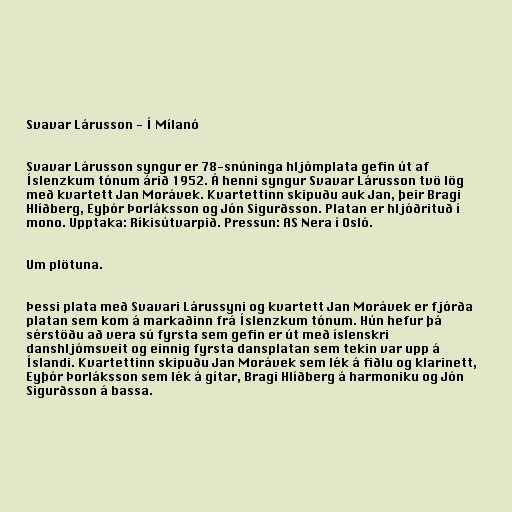
Svavar Lárusson - Í Mílanó

Svavar Lárusson syngur er 78-snúninga hljómplata gefin út af
Íslenzkum tónum árið 1952. Á henni syngur Svavar Lárusson tvö lög
með kvartett Jan Morávek. Kvartettinn skipuðu auk Jan, þeir Bragi
Hlíðberg, Eyþór Þorláksson og Jón Sigurðsson. Platan er hljóðrituð í
mono. Upptaka: Ríkisútvarpið. Pressun: AS Nera í Osló.

Um plötuna.

Þessi plata með Svavari Lárussyni og kvartett Jan Morávek er fjórða
platan sem kom á markaðinn frá Íslenzkum tónum. Hún hefur þá
sérstöðu að vera sú fyrsta sem gefin er út með íslenskri
danshljómsveit og einnig fyrsta dansplatan sem tekin var upp á
Íslandi. Kvartettinn skipuðu Jan Morávek sem lék á fiðlu og klarinett,
Eyþór Þorláksson sem lék á gítar, Bragi Hlíðberg á harmoniku og Jón
Sigurðsson á bassa.